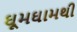
ઘૂમઘામથી